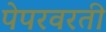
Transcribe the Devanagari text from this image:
पेपरवरती